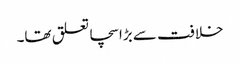
خلافت سے بڑا سچا تعلق تھا۔